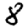
Digit: 8